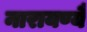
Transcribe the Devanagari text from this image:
नारायण्यै